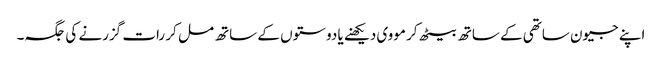
اپنے جیون ساتھی کے ساتھ بیٹھ کر مووی دیکھنے یا دوستوں کے ساتھ مل کر رات گزرنے کی جگہ۔